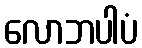
လောဘပါပံ